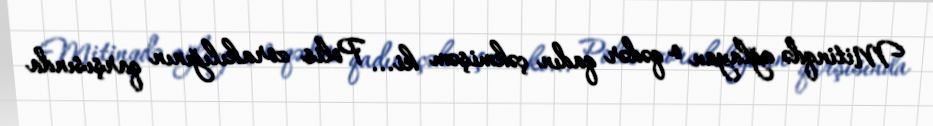
Mitinqdə ağlayan o qədər qadın çəkmişəm ki... Polis zorakılığının qarşısında